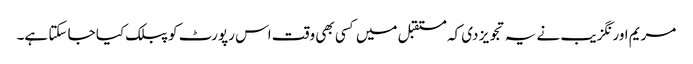
مریم اورنگزیب نے یہ تجویز دی کہ مستقبل میں کسی بھی وقت اس رپورٹ کو پبلک کیا جا سکتا ہے۔